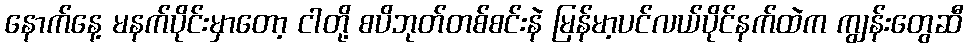
နောက်နေ့ မနက်ပိုင်းမှာတော့ ငါတို့ စပိဘုတ်တစ်စင်းနဲ မြန်မာ့ပင်လယ်ပိုင်နက်ထဲက ကျွန်းတွေဆီ